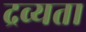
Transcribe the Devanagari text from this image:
द्रव्यता